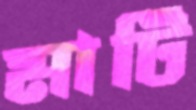
মাটি